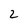
Character: 2